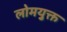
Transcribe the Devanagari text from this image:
लोमयुक्त